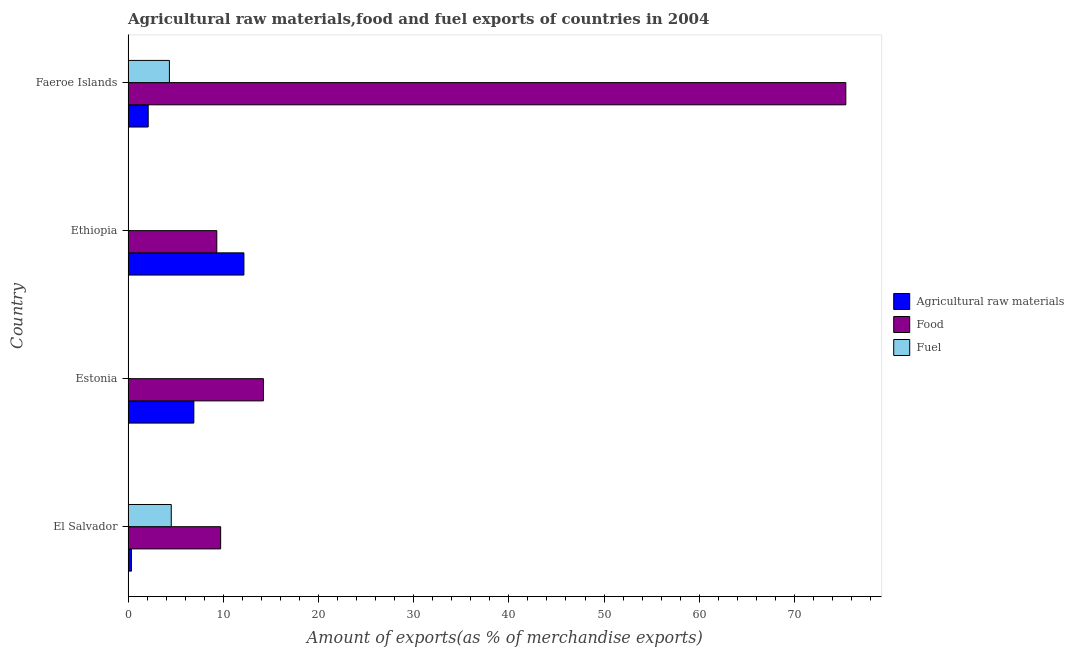
| Country | Agricultural raw materials | Food | Fuel |
 | --- | --- | --- | --- |
 | El Salvador | 0.359 | 9.73 | 4.54 |
 | Estonia | 6.91 | 14.2 | 0.00469 |
 | Ethiopia | 12.2 | 9.32 | 0.00839 |
 | Faeroe Islands | 2.12 | 75.4 | 4.34 |